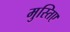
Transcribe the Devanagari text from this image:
मुस्तिए